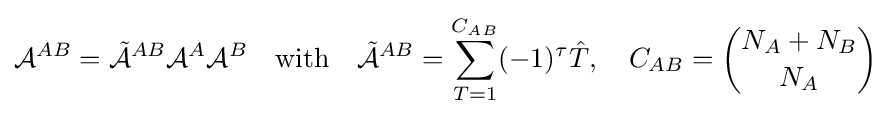
{\mathcal {A}}^{AB}={\tilde {\mathcal {A}}}^{AB}{\mathcal {A}}^{A}{\mathcal {A}}^{B}\quad {\hbox{with}}\quad {\tilde {\mathcal {A}}}^{AB}=\sum _{T=1}^{C_{AB}}(-1)^{\tau }{\hat {T}},\quad C_{AB}={\binom {N_{A}+N_{B}}{N_{A}}}